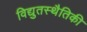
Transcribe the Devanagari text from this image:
विद्युतस्थैतिकी